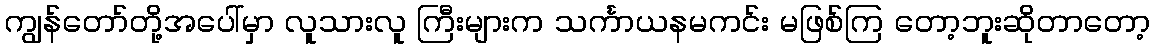
ကျွန်တော်တို့အပေါ်မှာ လူသားလူ ကြီးများက သင်္ကာယနမကင်း မဖြစ်ကြ တော့ဘူးဆိုတာတော့